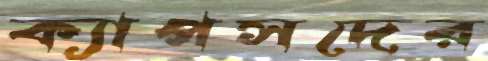
ক্যাপসদের